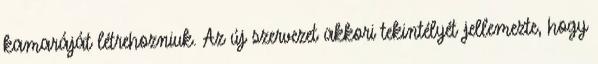
kamaráját létrehozniuk. Az új szervezet akkori tekintélyét jellemezte, hogy